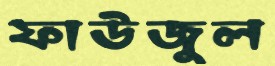
ফাউজুল